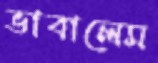
ভাবালেম